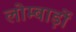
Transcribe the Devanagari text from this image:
लोम्बार्ड़ो